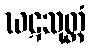
ဃဋသုတ္တံ